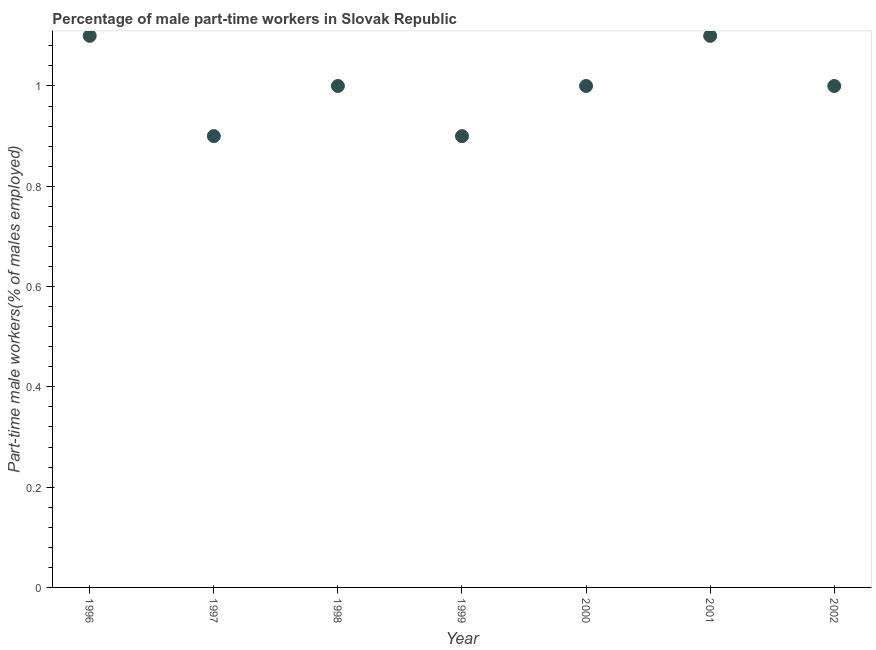
| Year | Part time employment |
 | --- | --- |
 | 1996 | 1.1 |
 | 1997 | 0.9 |
 | 1998 | 1 |
 | 1999 | 0.9 |
 | 2000 | 1 |
 | 2001 | 1.1 |
 | 2002 | 1 |